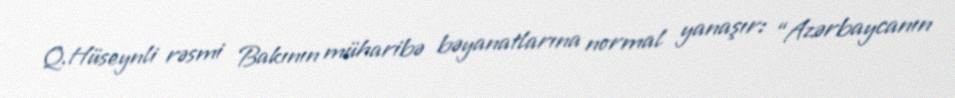
Q.Hüseynli rəsmi Bakının müharibə bəyanatlarına normal yanaşır: “Azərbaycanın